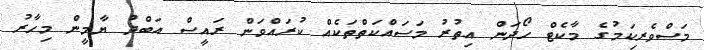
މަސްވެރިކަމުގެ މާކެޓް ހޯދަން އިތުރު މަސައްކަތްތަކެއް ކުރައްވަން ރައީސް އަބްދު ޔާމީން މިހާރު